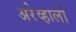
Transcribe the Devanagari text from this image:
अरेव्हालो